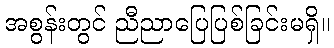
အစွန်းတွင် ညီညာပြေပြစ်ခြင်းမရှိ။